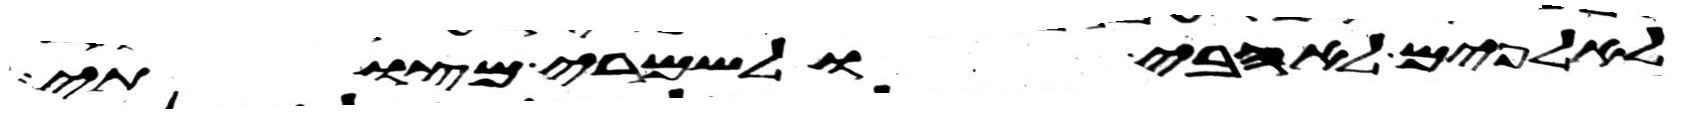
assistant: לאלפים לאהבי ולשמרי מצותי